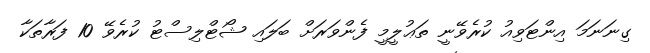
ގިނަނަމަ އިންޓަވިއު ކުރެވޭނީ ތަޢުލީމީ ފެންވަރަށް ބަލައި ޝޯޓްލިސްޓު ކުރެވޭ 10 ފަރާތަކާ